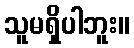
သူမရှိပါဘူး။